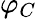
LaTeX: \varphi_{C}